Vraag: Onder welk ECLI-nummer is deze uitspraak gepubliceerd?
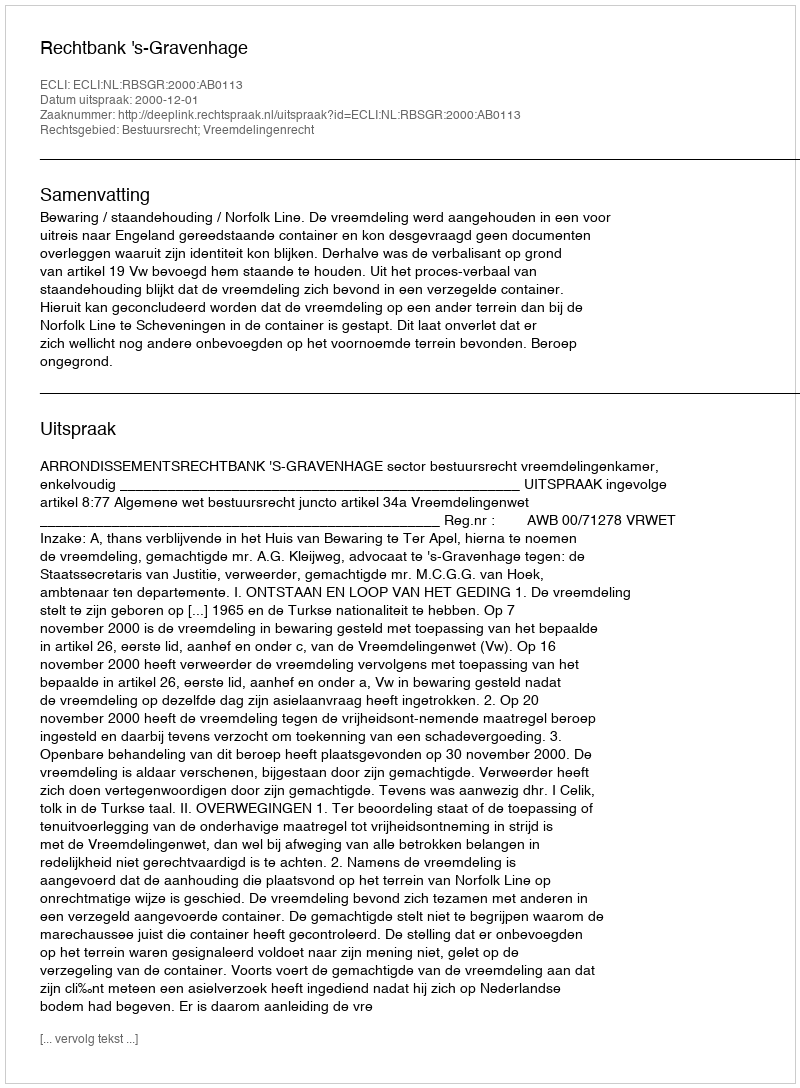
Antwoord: ECLI:NL:RBSGR:2000:AB0113